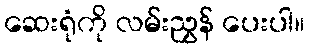
ဆေးရုံကို လမ်းညွှန် ပေးပါ။